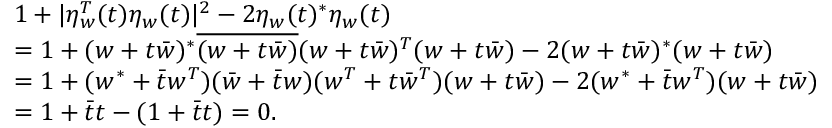
\begin{array} { r l } & { 1 + | \eta _ { w } ^ { T } ( t ) \eta _ { w } ( t ) | ^ { 2 } - 2 \eta _ { w } ( t ) ^ { \ast } \eta _ { w } ( t ) } \\ & { = 1 + ( w + t \Bar w ) ^ { \ast } \overline { { ( w + t \Bar w ) } } ( w + t \Bar w ) ^ { T } ( w + t \Bar w ) - 2 ( w + t \Bar w ) ^ { \ast } ( w + t \Bar w ) } \\ & { = 1 + ( w ^ { \ast } + \Bar t w ^ { T } ) ( \Bar w + \Bar t w ) ( w ^ { T } + t \Bar w ^ { T } ) ( w + t \Bar w ) - 2 ( w ^ { \ast } + \Bar t w ^ { T } ) ( w + t \Bar w ) } \\ & { = 1 + \Bar t t - ( 1 + \Bar t t ) = 0 . } \end{array}